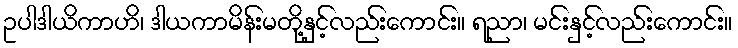
ဥပါဒါယိကာဟိ၊ ဒါယကာမိန်းမတို့နှင့်လည်းကောင်း။ ရညာ၊ မင်းနှင့်လည်းကောင်း။